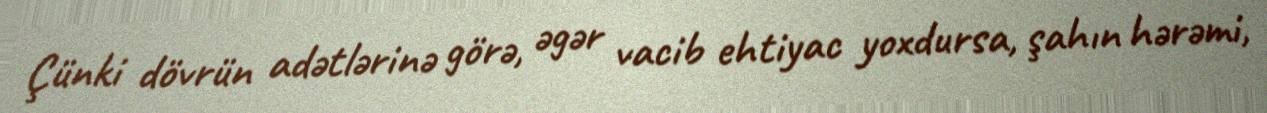
Çünki dövrün adətlərinə görə, əgər vacib ehtiyac yoxdursa, şahın hərəmi,